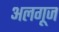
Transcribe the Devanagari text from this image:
अलगूज